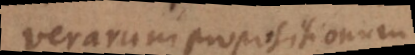
verarum propositionum